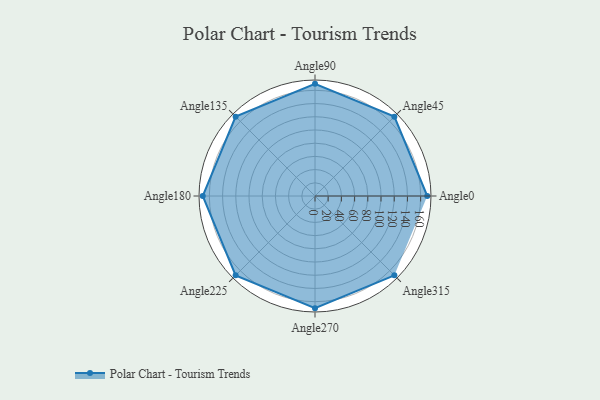
{"axis": {"x": "Angle", "y": "Radius"}, "legend": [""], "data": [{"x": "Angle0", "y": 170.0, "type": ""}, {"x": "Angle45", "y": 170, "type": ""}, {"x": "Angle90", "y": 170, "type": ""}, {"x": "Angle135", "y": 170, "type": ""}, {"x": "Angle180", "y": 170, "type": ""}, {"x": "Angle225", "y": 170, "type": ""}, {"x": "Angle270", "y": 170, "type": ""}, {"x": "Angle315", "y": 170, "type": ""}]}